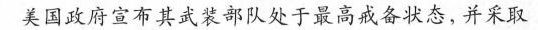
美国政府宣布其武装部队处于最高戒备状态，并采取